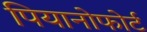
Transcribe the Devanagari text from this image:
पियानोफोर्ट